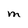
Character: M